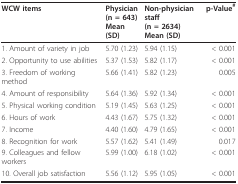
<table><thead><tr><td><b>WCW items</b></td><td><b>Physician(n = 643)Mean (SD)</b></td><td><b>Non-physician staff(n = 2634)Mean (SD)</b></td><td><b>p-Value<sup>#</sup></b></td></tr></thead><tbody><tr><td>1. Amount of variety in job</td><td>5.70 (1.23)</td><td>5.94 (1.15)</td><td>&lt; 0.001</td></tr><tr><td>2. Opportunity to use abilities</td><td>5.37 (1.53)</td><td>5.82 (1.17)</td><td>&lt; 0.001</td></tr><tr><td>3. Freedom of working method</td><td>5.66 (1.41)</td><td>5.82 (1.23)</td><td>0.005</td></tr><tr><td>4. Amount of responsibility</td><td>5.64 (1.36)</td><td>5.92 (1.34)</td><td>&lt; 0.001</td></tr><tr><td>5. Physical working condition</td><td>5.19 (1.45)</td><td>5.63 (1.25)</td><td>&lt; 0.001</td></tr><tr><td>6. Hours of work</td><td>4.43 (1.67)</td><td>5.75 (1.32)</td><td>&lt; 0.001</td></tr><tr><td>7. Income</td><td>4.40 (1.60)</td><td>4.79 (1.65)</td><td>&lt; 0.001</td></tr><tr><td>8. Recognition for work</td><td>5.57 (1.62)</td><td>5.41 (1.49)</td><td>0.017</td></tr><tr><td>9. Colleagues and fellow workers</td><td>5.99 (1.00)</td><td>6.18 (1.02)</td><td>&lt; 0.001</td></tr><tr><td>10. Overall job satisfaction</td><td>5.56 (1.12)</td><td>5.95 (1.05)</td><td>&lt; 0.001</td></tr></tbody></table>